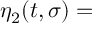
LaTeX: \eta _ { 2 } ( t , \sigma ) =